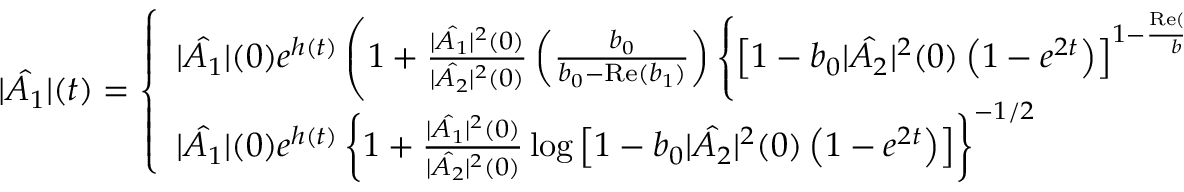
| \hat { A _ { 1 } } | ( t ) = \left\{ \begin{array} { l l } { | \hat { A _ { 1 } } | ( 0 ) e ^ { h ( t ) } \left( 1 + \frac { | \hat { A _ { 1 } } | ^ { 2 } ( 0 ) } { | \hat { A _ { 2 } } | ^ { 2 } ( 0 ) } \left( \frac { b _ { 0 } } { b _ { 0 } - \mathrm { R e } ( b _ { 1 } ) } \right) \left\{ \left[ 1 - b _ { 0 } | \hat { A _ { 2 } } | ^ { 2 } ( 0 ) \left( 1 - e ^ { 2 t } \right) \right] ^ { 1 - \frac { \mathrm { R e } ( b _ { 1 } ) } { b _ { 0 } } } - 1 \right\} \right) ^ { - 1 / 2 } } & { \mathrm { ~ i ~ f ~ } \mathrm { R e } ( b _ { 1 } ) \neq b _ { 0 } } \\ { | \hat { A _ { 1 } } | ( 0 ) e ^ { h ( t ) } \left\{ 1 + \frac { | \hat { A _ { 1 } } | ^ { 2 } ( 0 ) } { | \hat { A _ { 2 } } | ^ { 2 } ( 0 ) } \log \left[ 1 - b _ { 0 } | \hat { A _ { 2 } } | ^ { 2 } ( 0 ) \left( 1 - e ^ { 2 t } \right) \right] \right\} ^ { - 1 / 2 } } & { \mathrm { ~ i ~ f ~ } \mathrm { R e } ( b _ { 1 } ) = b _ { 0 } . } \end{array} \right.